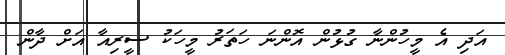
އަދި އެ މީހުންނާ ގުޅުން އޮންނަ ހަތަރު މީހަކު ސީރިއާ އަށް ދާން